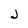
Character: J